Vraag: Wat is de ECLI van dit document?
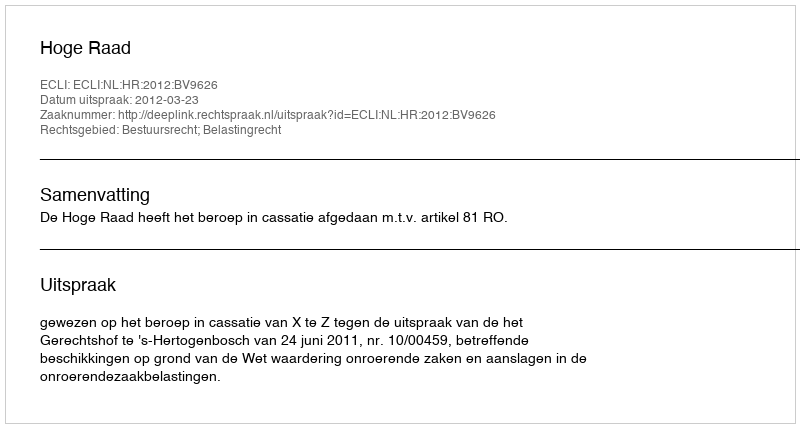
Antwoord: ECLI:NL:HR:2012:BV9626